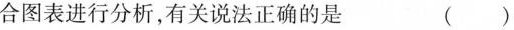
合图表进行分析，有关说法正确的是 ()